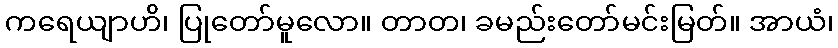
ကရေယျာဟိ၊ ပြုတော်မူလော။ တာတ၊ ခမည်းတော်မင်းမြတ်။ အာယံ၊